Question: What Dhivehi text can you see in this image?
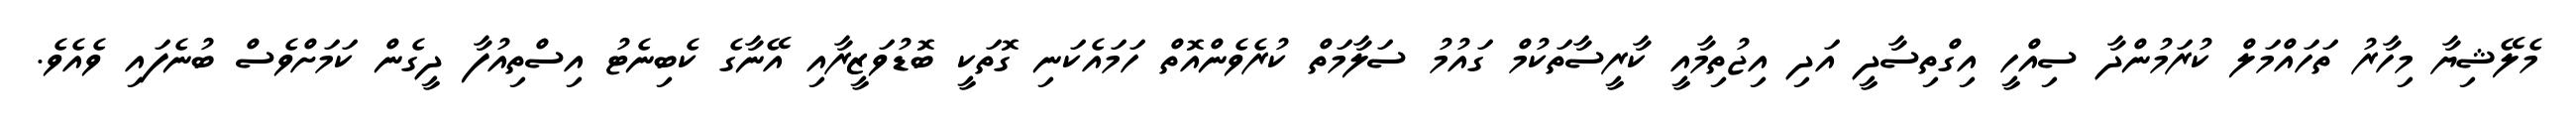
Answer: މެލޭޝިޔާ މިހާރު ތަހައްމަލް ކުރަމުންދާ ސިއްހީ އިގްތިސާދީ އަދި އިޖުތިމާއީ ކާރީސާތަކުމް ގައުމު ސަލާމަތް ކުރެވެންއޮތް ހަމައެކަނި ގޮތަކީ ބޮޑުވަޒީރާއި އޭނާގެ ކެބިނެޓު އިސްތިއުފާ ދީގެން ކަމަށްވެސް ބުނެފައި ވެއެވެ.